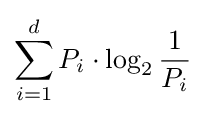
\sum _{i=1}^{d}{P_{i}\cdot \log _{2}{\frac {1}{P_{i}}}}